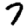
Digit: 7